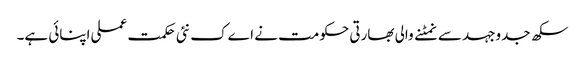
سکھ جدوجہد سے نمٹنے والی بھارتی حکومت نے اےک نئی حکمت عملی اپنائی ہے۔